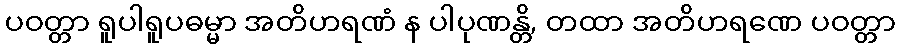
ပဝတ္တာ ရူပါရူပဓမ္မာ အတိဟရဏံ န ပါပုဏန္တိ, တထာ အတိဟရဏေ ပဝတ္တာ